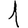
Digit: 1